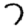
Digit: 7